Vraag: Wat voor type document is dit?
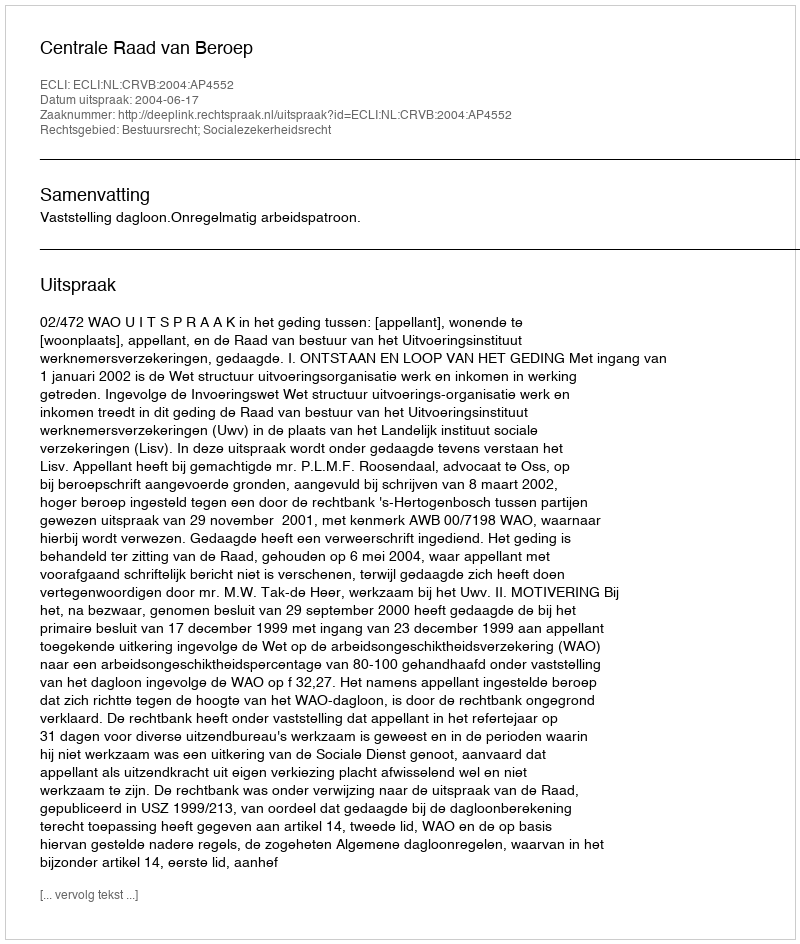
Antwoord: Uitspraak